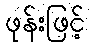
ဖုန်းဖြင့်